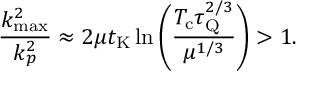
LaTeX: \frac { k _ { \mathrm { m a x } } ^ { 2 } } { k _ { p } ^ { 2 } } \approx 2 \mu t _ { \mathrm { K } } \ln \left( { \frac { T _ { \mathrm { c } } \tau _ { \mathrm { Q } } ^ { 2 / 3 } } { \mu ^ { 1 / 3 } } } \right) > 1 .